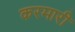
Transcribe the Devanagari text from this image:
करमारी